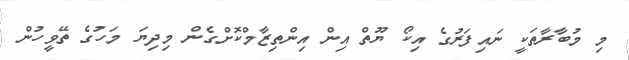
މި މުބާރާތަކީ ނައިފަރުގެ އިކޯ ޔޫތް އިން އިންތިޒާމްކޮށްގެން މިދިޔަ މަހުގެ ތޭވީހުން